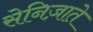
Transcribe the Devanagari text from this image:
सेनिज़ाते